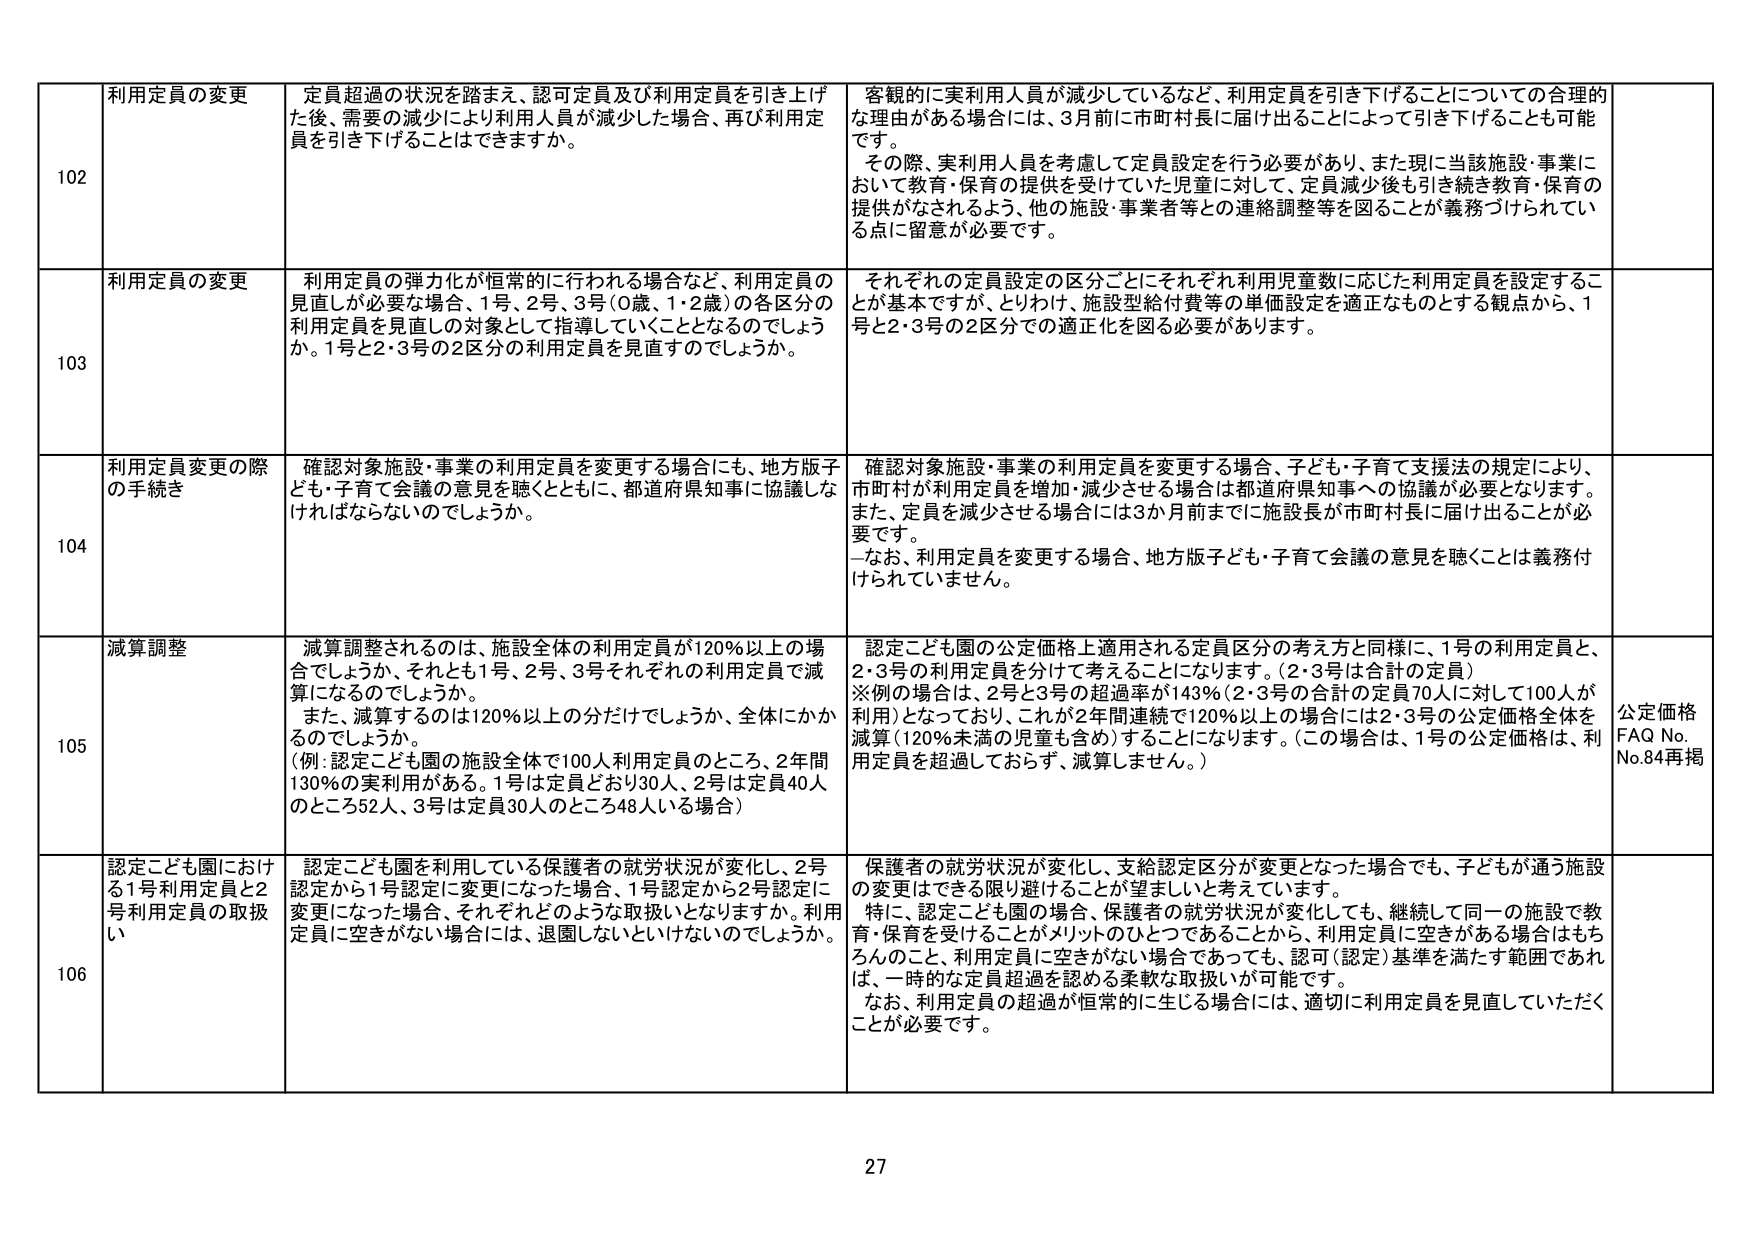
102 利用定員の変更 定員超過の状況を踏まえ、認可定員及び利用定員を引き上げた後、需要の減少により利用人員が減少した場合、再び利用定員を引き下げることはできますか。 客観的に実利用人員が減少しているなど、利用定員を引き下げることについての合理的な理由がある場合には、3月前に市町村長に届け出ることによって引き下げることも可能です。 その際、実利用人員を考慮して定員設定を行う必要があり、また現に当該施設・事業において教育・保育の提供を受けていた児童に対して、定員減少後も引き続き教育・保育の提供がなされるよう、他の施設・事業者等との連絡調整等を図ることが義務づけられている点に留意が必要です。

103 利用定員の変更 利用定員の弾力化が恒常的に行われる場合など、利用定員の見直しが必要な場合、1号、2号、3号（0歳、1・2歳）の各区分の利用定員を見直しの対象として指導していくこととなるのでしょうか。1号と2・3号の2区分の利用定員を見直すのでしょうか。 それぞれの定員設定の区分ごとにそれぞれ利用児童数に応じた利用定員を設定することが基本ですが、とりわけ、施設型給付費等の単価設定を適正なものとする観点から、1号と2・3号の2区分での適正化を図る必要があります。

104 利用定員変更の際の手続き 確認対象施設・事業の利用定員を変更する場合にも、地方版子ども・子育て会議の意見を聴くとともに、都道府県知事に協議しなければならないのでしょうか。 確認対象施設・事業の利用定員を変更する場合、子ども・子育て支援法の規定により、市町村が利用定員を増加・減少させる場合は都道府県知事への協議が必要となります。また、定員を減少させる場合には3か月前までに施設長が市町村長に届け出ることが必要です。 —なお、利用定員を変更する場合、地方版子ども・子育て会議の意見を聴くことは義務付けられていません。

105 減算調整 減算調整されるのは、施設全体の利用定員が120％以上の場合でしょうか、それとも1号、2号、3号それぞれの利用定員で減算になるのでしょうか。 また、減算するのは120％以上の分だけでしょうか、全体にかかるのでしょうか。 （例：認定こども園の施設全体で100人利用定員のところ、2年間130％の実利用がある。1号は定員どおり30人、2号は定員40人のところ52人、3号は定員30人のところ48人いる場合） 認定こども園の公定価格上適用される定員区分の考え方と同様に、1号の利用定員と、2・3号の利用定員を分けて考えることにします。（2・3号は合計の定員） ※例の場合は、2号と3号の超過率が143％（2・3号の合計の定員70人に対して100人が利用）となっており、これが2年間連続で120％以上の場合には2・3号の公定価格全体を減算（120％未満の児童も含め）することになります。（この場合は、1号の公定価格は、利用定員を超過しておらず、減算しません。） 公定価格 FAQ No. No.84再掲

106 認定こども園における1号利用定員と2号利用定員の取扱い 認定こども園を利用している保護者の就労状況が変化し、2号認定から1号認定に変更になった場合、1号認定から2号認定に変更になった場合、それぞれどのような取扱いとなりますか。利用定員に空きがない場合には、退園しないといけないのでしょうか。 保護者の就労状況が変化し、支給認定区分が変更となった場合でも、子どもが通う施設の変更はできる限り避けることが望ましいと考えています。 特に、認定こども園の場合、保護者の就労状況が変化しても、継続して同一の施設で教育・保育を受けることがメリットのひとつであることから、利用定員に空きがある場合はもちろんのこと、利用定員に空きがない場合であっても、認可（認定）基準を満たす範囲であれば、一時的な定員超過を認める柔軟な取扱いが可能です。 なお、利用定員の超過が恒常的に生じる場合には、適切に利用定員を見直していただくことが必要です。

27